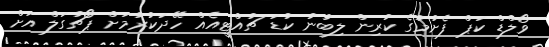
ވޯލްޑް ކަޕް ފެށުމުގެ ކުރިން ލިބުނު ކުޑަ ޗުއްޓީއެއް ހޭދަކުރުމަށް ޕޯޗުގަލް އަށް